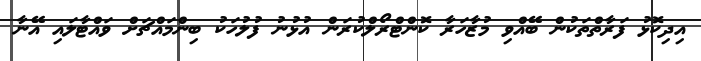
އިދިކޮޅު ފަރާތްތަކުން ބޭއްވި މުޒާހަރާ ކޮންޓްރޯލްކުރަން އުޅުނު ފުލުހަކު ބިންމައްޗަށް ވައްޓާލައި އޭނާ